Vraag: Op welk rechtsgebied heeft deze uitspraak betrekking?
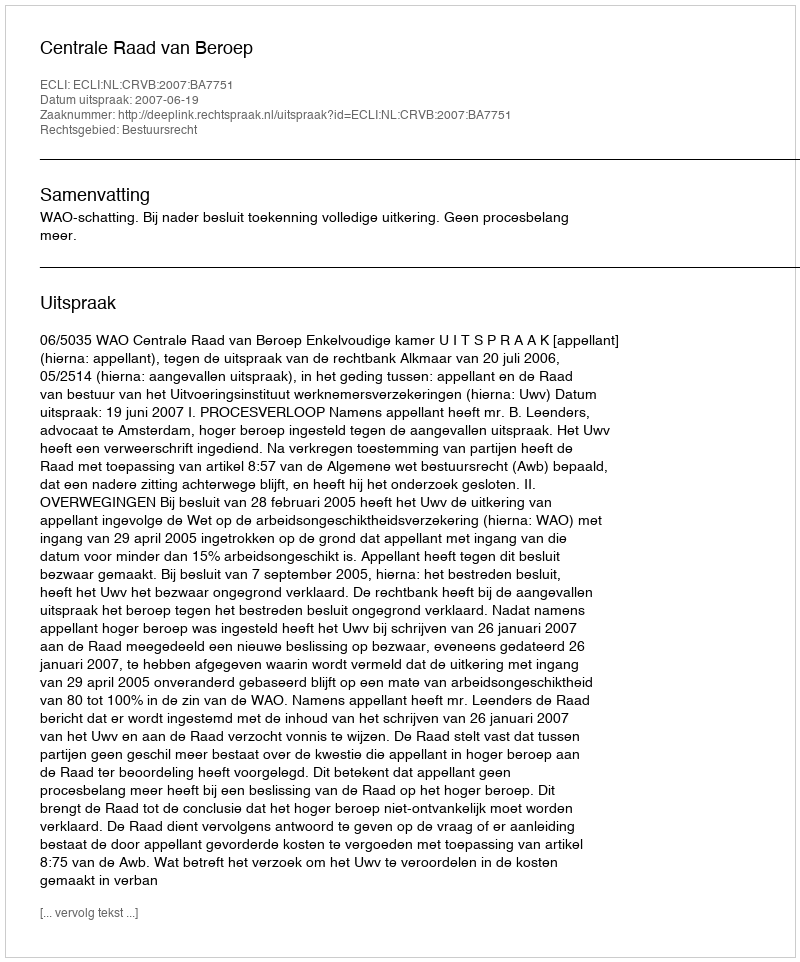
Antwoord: Bestuursrecht